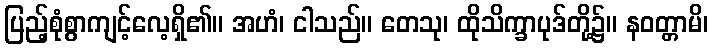
ပြည့်စုံစွာကျင့်လေ့ရှိ၏။ အဟံ၊ ငါသည်။ တေသု၊ ထိုသိက္ခာပုဒ်တို့၌။ နဝတ္တာမိ၊